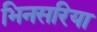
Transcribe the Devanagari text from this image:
भिनसरिया